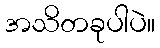
အသိတခုပါပဲ။